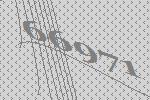
66971